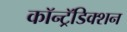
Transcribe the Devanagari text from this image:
कॉन्ट्रॅडिक्शन